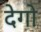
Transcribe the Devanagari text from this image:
देगो